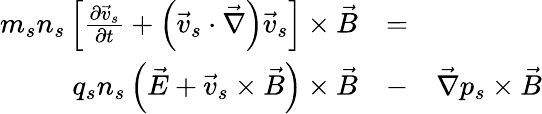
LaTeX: \begin{array}{rlr}{m_{s}n_{s}\left[\frac{\partial\vec{v}_{s}}{\partial t}+\left(\vec{v}_{s}\cdot\vec{\nabla}\right)\vec{v}_{s}\right]\times\vec{B}}&{=}&\\ {q_{s}n_{s}\left(\vec{E}+\vec{v}_{s}\times\vec{B}\right)\times\vec{B}}&{-}&{\vec{\nabla}p_{s}\times\vec{B}}\end{array}